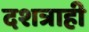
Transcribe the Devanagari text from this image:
दशत्राही